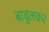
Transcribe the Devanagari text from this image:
बावुलकर